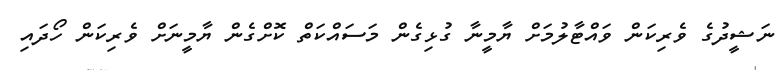
ނަޝީދުގެ ވެރިކަން ވައްޓާލުމަށް ޔާމީނާ ގުޅިގެން މަސައްކަތް ކޮށްގެން ޔާމީނަށް ވެރިކަން ހޯދައި